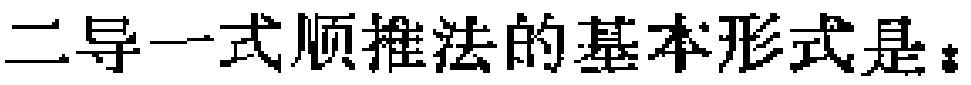
二导一式顺推法的基本形式是：